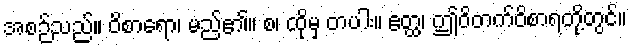
အစဉ်သည်။ ဝိစာရော၊ မည်၏။ စ၊ ထိုမှ တပါး။ ဧတ္ထ၊ ဤဝိတက်ဝိစာရတို့တွင်။